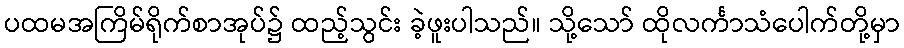
ပထမအကြိမ်ရိုက်စာအုပ်၌ ထည့်သွင်း ခဲ့ဖူးပါသည်။ သို့သော် ထိုလင်္ကာသံပေါက်တို့မှာ